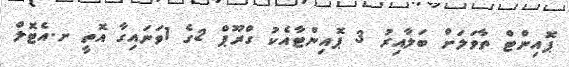
ޕޮއިންޓް ތާވަލަށް ބަލާއިރު 3 ޕޮއިންޓާއެކު ގްރޫޕް 2ގެ 1ވަނައިގާ އޮތީ ށ.އެޓޮލް